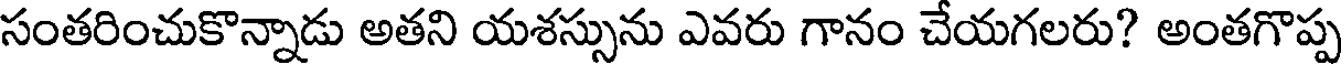
సంతరించుకొన్నాడు అతని యశస్సును ఎవరు గానం చేయగలరు? అంతగొప్ప